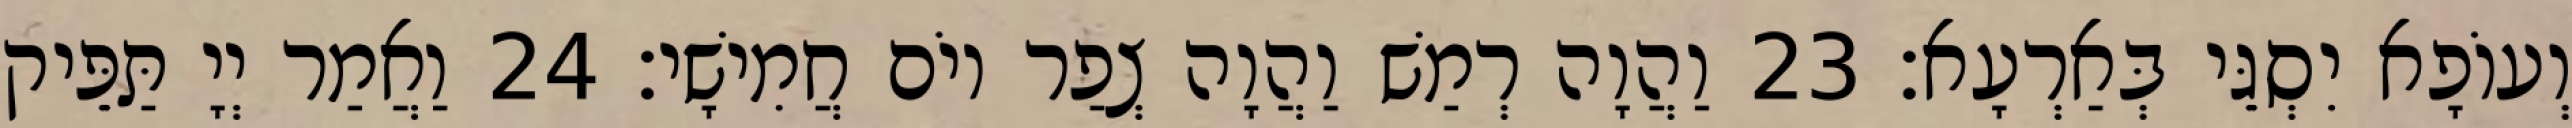
וְעוֹפָא יִסְגֵּי בְּאַרְעָא׃ 23 וַהֲוָה רְמַשׁ וַהֲוָה צְפַר יוֹם חֲמִישָׁי׃ 24 וַאֲמַר יְיָ תַּפֵּיק